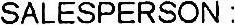
SALESPERSON :